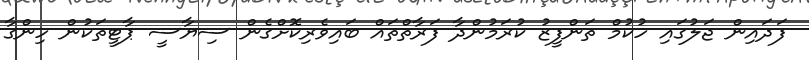
ފަދައިން ޖަލުގައި ހުކުމް ތަންފީޒު ކުރަމުންދާ ފަރާތްތައް ބައިވެރިކޮށްގެން ސިޔާސީ ޕާޓީތަކުން ހިންގާ